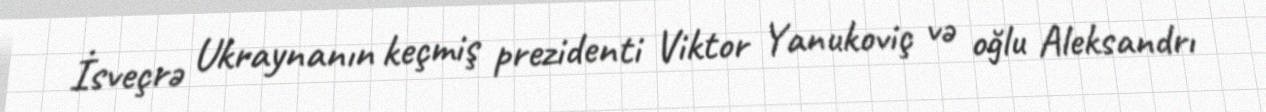
İsveçrə Ukraynanın keçmiş prezidenti Viktor Yanukoviç və oğlu Aleksandrı